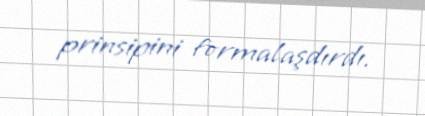
prinsipini formalaşdırdı.